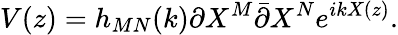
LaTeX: V(z)=h_{MN}(k)\partial X^{M}\bar{\partial}X^{N}e^{ikX(z)}.